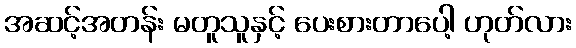
အဆင့်အတန်း မတူသူနှင့် ပေးစားတာပေါ့ ဟုတ်လား